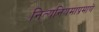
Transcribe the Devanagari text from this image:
नित्यनियमाप्रमाणे